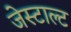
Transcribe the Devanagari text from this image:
जेस्टाल्ट